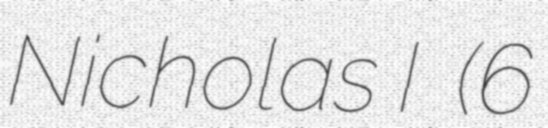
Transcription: Nicholas I  (6